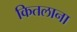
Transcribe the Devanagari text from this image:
कितलाना